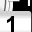
Digit: 1